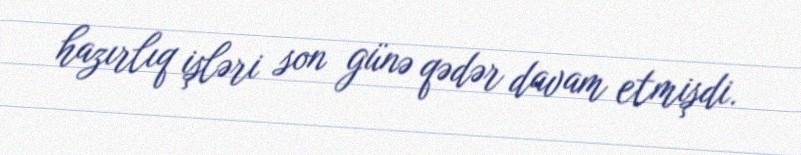
hazırlıq işləri son günə qədər davam etmişdi.